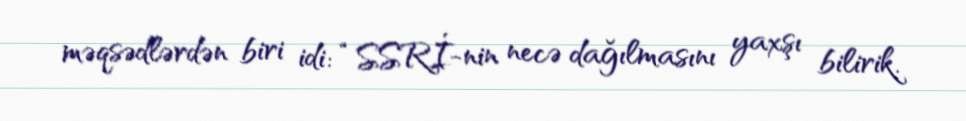
məqsədlərdən biri idi: “SSRİ-nin necə dağılmasını yaxşı bilirik.